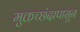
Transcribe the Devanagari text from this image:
मुक्तच्‍छंदापासून